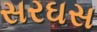
સરઘસ